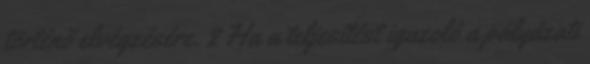
történő elvégzésére. 2 Ha a teljesítést igazoló a pályázati